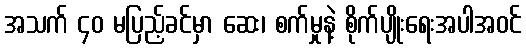
အသက် ၄၀ မပြည့်ခင်မှာ ဆေး၊ စက်မှုနဲ့ စိုက်ပျိုးရေးအပါအဝင်